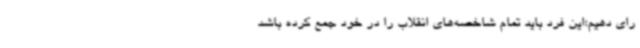
رای دهیم؛این فرد باید تمام شاخصه‌های انقلاب را در خود جمع کرده باشد